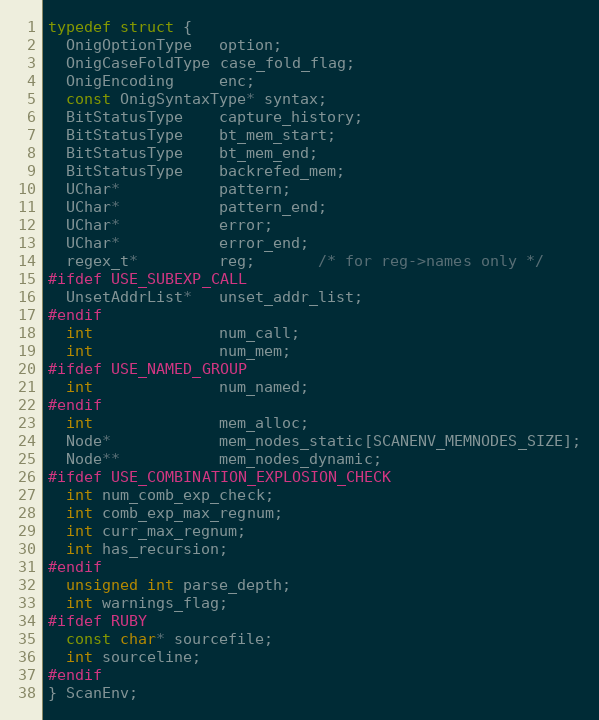
Language: C
typedef struct {
  OnigOptionType   option;
  OnigCaseFoldType case_fold_flag;
  OnigEncoding     enc;
  const OnigSyntaxType* syntax;
  BitStatusType    capture_history;
  BitStatusType    bt_mem_start;
  BitStatusType    bt_mem_end;
  BitStatusType    backrefed_mem;
  UChar*           pattern;
  UChar*           pattern_end;
  UChar*           error;
  UChar*           error_end;
  regex_t*         reg;       /* for reg->names only */
#ifdef USE_SUBEXP_CALL
  UnsetAddrList*   unset_addr_list;
#endif
  int              num_call;
  int              num_mem;
#ifdef USE_NAMED_GROUP
  int              num_named;
#endif
  int              mem_alloc;
  Node*            mem_nodes_static[SCANENV_MEMNODES_SIZE];
  Node**           mem_nodes_dynamic;
#ifdef USE_COMBINATION_EXPLOSION_CHECK
  int num_comb_exp_check;
  int comb_exp_max_regnum;
  int curr_max_regnum;
  int has_recursion;
#endif
  unsigned int parse_depth;
  int warnings_flag;
#ifdef RUBY
  const char* sourcefile;
  int sourceline;
#endif
} ScanEnv;